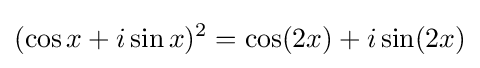
(\cos x+i\sin x)^{2}=\cos(2x)+i\sin(2x)